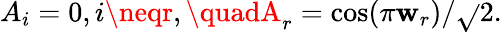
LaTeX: A_{i}=0,i\neqr,\quadA_{r}=\cos(\pi\mathbf{w}_{r})/\sqrt{}{{2}}.